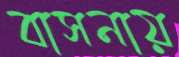
বাসনায়